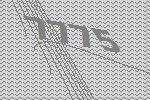
7775